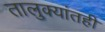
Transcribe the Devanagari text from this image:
तालुक्यांतही